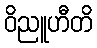
ဝိညူဟီတိ